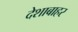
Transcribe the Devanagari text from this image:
देशाबाहर